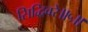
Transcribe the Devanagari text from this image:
सिद्धिवरे॥५॥